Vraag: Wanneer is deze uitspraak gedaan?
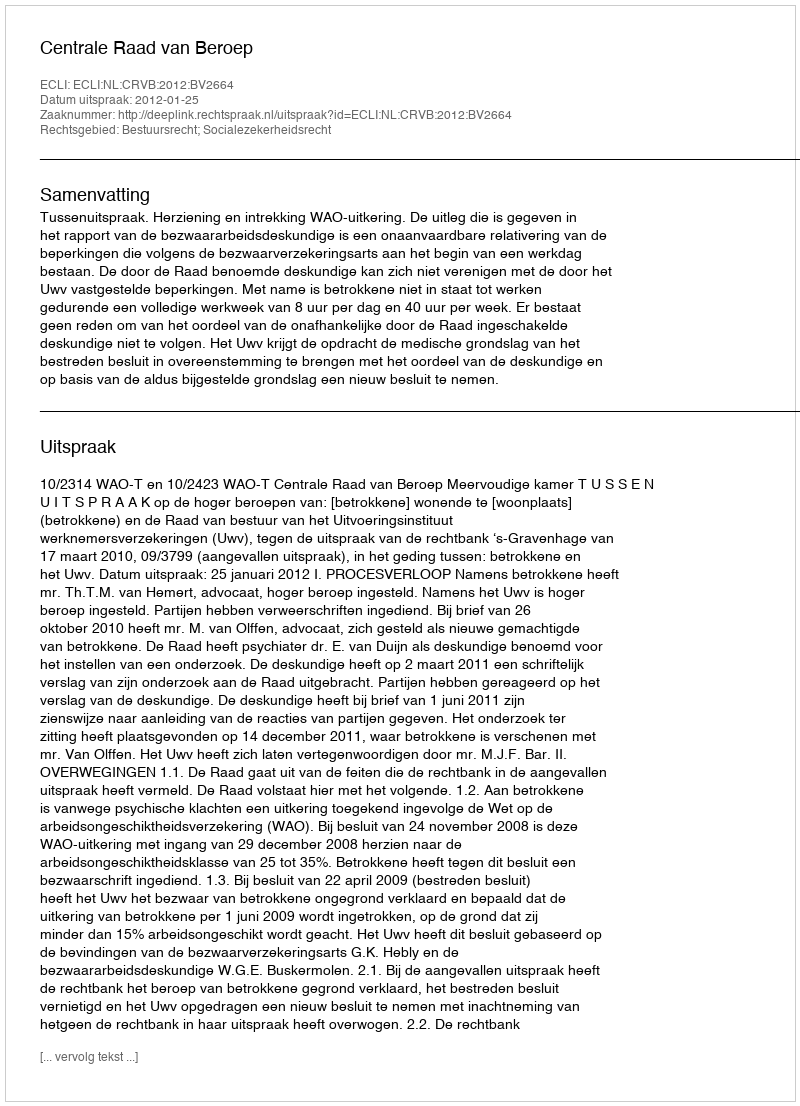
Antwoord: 2012-01-25